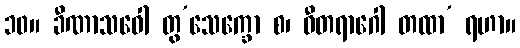
၁၀။ ခီဏာသဝေါ တွ’သေက္ခော စ၊ ဝီတရာဂေါ တထာ’ ရဟာ။